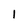
Character: 1